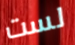
لست